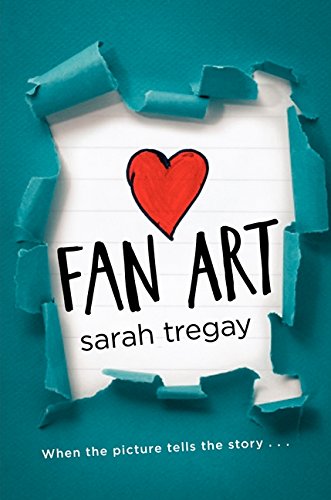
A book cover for Fan Art; Sarah Tregay; Teen & Young Adult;